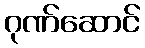
ဂုဏ်ဆောင်